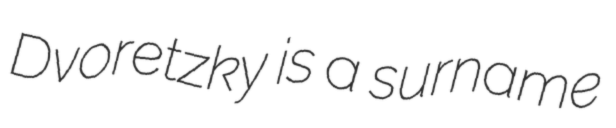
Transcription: Dvoretzky is a surname